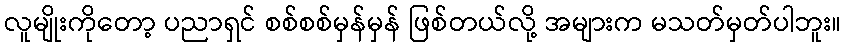
လူမျိုးကိုတော့ ပညာရှင် စစ်စစ်မှန်မှန် ဖြစ်တယ်လို့ အများက မသတ်မှတ်ပါဘူး။